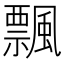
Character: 飄